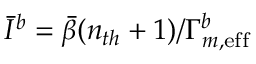
\Bar { I } ^ { b } = \Bar { \beta } ( n _ { t h } + 1 ) / \Gamma _ { m , \mathrm { e f f } } ^ { b }